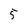
Character: 5